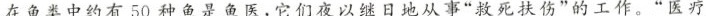
在鱼类中约有50种鱼是鱼医，它们夜以继日地从事“救死扶伤”的工作。“医疗